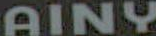
AINY